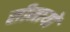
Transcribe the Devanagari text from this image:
सीमायों